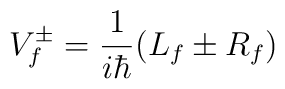
V^{\pm}_{f} = \frac{1}{i\hbar}(L_f \pm R_f )